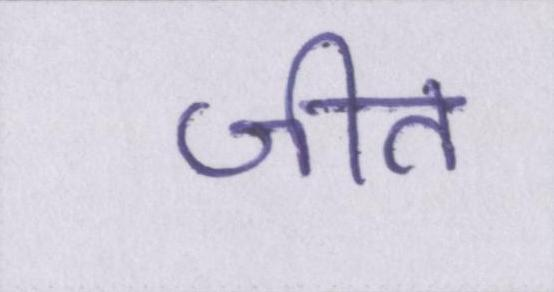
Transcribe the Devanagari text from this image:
जीत